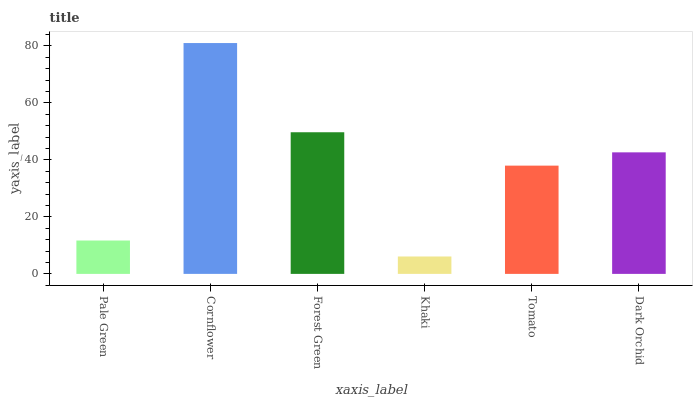
| xaxis_label | bars |
 | --- | --- |
 | Pale Green | 11.7 |
 | Cornflower | 81 |
 | Forest Green | 49.7 |
 | Khaki | 6.11 |
 | Tomato | 38 |
 | Dark Orchid | 42.6 |